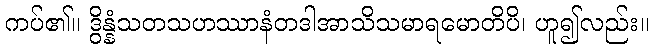
ကပ်၏။ ဒွိန္နံသတသဟဿာနံတဒါအာသိသမာရမောတိပိ၊ ဟူ၍လည်း။